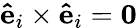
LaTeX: \mathbf{\hat{e}}_{i}\times\mathbf{\hat{e}}_{i}=\mathbf{0}